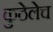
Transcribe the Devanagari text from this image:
कुठेलेच